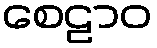
စေဠာဝ